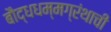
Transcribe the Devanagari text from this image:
बौद्धधम्मग्रंथाची